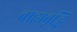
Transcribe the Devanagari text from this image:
बाह्यवृद्धि